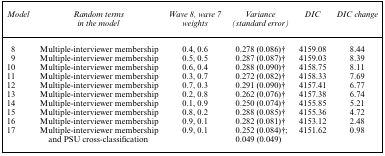
<table><thead><tr><td><b>Model</b></td><td><b>Random terms in the model</b></td><td><b>Wave 8, wave 7 weights</b></td><td><b>Variance (standard error)</b></td><td><b>DIC</b></td><td><b>DIC change</b></td></tr></thead><tbody><tr><td>8</td><td>Multiple-interviewer membership</td><td>0.4, 0.6</td><td>0.278 (0.086)†</td><td>4159.08</td><td>8.44</td></tr><tr><td>9</td><td>Multiple-interviewer membership</td><td>0.5, 0.5</td><td>0.287 (0.087)†</td><td>4159.03</td><td>8.39</td></tr><tr><td>10</td><td>Multiple-interviewer membership</td><td>0.6, 0.4</td><td>0.288 (0.090)†</td><td>4158.75</td><td>8.11</td></tr><tr><td>11</td><td>Multiple-interviewer membership</td><td>0.3, 0.7</td><td>0.272 (0.082)†</td><td>4158.33</td><td>7.69</td></tr><tr><td>12</td><td>Multiple-interviewer membership</td><td>0.7, 0.3</td><td>0.291 (0.090)†</td><td>4157.41</td><td>6.77</td></tr><tr><td>13</td><td>Multiple-interviewer membership</td><td>0.2, 0.8</td><td>0.262 (0.076)†</td><td>4157.38</td><td>6.74</td></tr><tr><td>14</td><td>Multiple-interviewer membership</td><td>0.1, 0.9</td><td>0.250 (0.074)†</td><td>4155.85</td><td>5.21</td></tr><tr><td>15</td><td>Multiple-interviewer membership</td><td>0.8, 0.2</td><td>0.288 (0.085)†</td><td>4155.36</td><td>4.72</td></tr><tr><td>16</td><td>Multiple-interviewer membership</td><td>0.9, 0.1</td><td>0.282 (0.081)†</td><td>4153.12</td><td>2.48</td></tr><tr><td>17</td><td>Multiple-interviewer membership</td><td>0.9, 0.1</td><td>0.252 (0.084)†;</td><td>4151.62</td><td>0.98</td></tr><tr><td></td><td>and PSU cross-classification</td><td></td><td>0.049 (0.049)</td><td></td><td></td></tr></tbody></table>